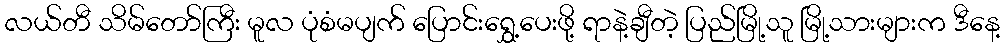
လယ်တီ သိမ်တော်ကြီး မူလ ပုံစံမပျက် ပြောင်းရွှေ့ပေးဖို့ ရာနဲ့ချီတဲ့ ပြည်မြို့သူ မြို့သားများက ဒီနေ့